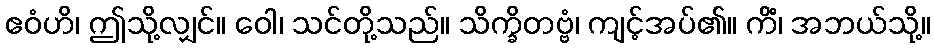
ဧဝံဟိ၊ ဤသို့လျှင်။ ဝေါ၊ သင်တို့သည်။ သိက္ခိတဗ္ဗံ၊ ကျင့်အပ်၏။ ကိံ၊ အဘယ်သို့။